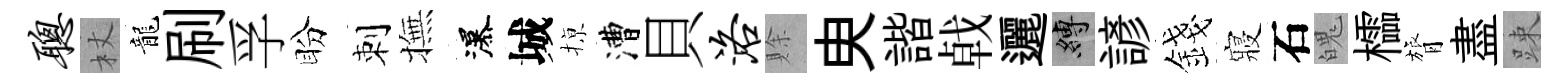
聪杖龍刷孚盼刺撫瀑城𢱊漕貝洛賖㬰諧㦸邐縛諺錢寢石魄櫺膂盡踈